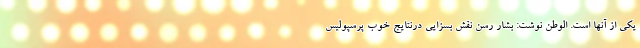
یکی از آنها است. الوطن نوشت: بشار رسن نقش بسزایی درنتایج خوب پرسپولیس